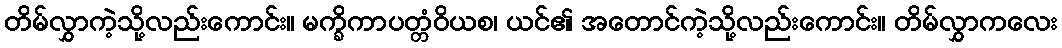
တိမ်လွှာကဲ့သို့လည်းကောင်း။ မက္ခိကာပတ္တံဝိယစ၊ ယင်၏ အတောင်ကဲ့သို့လည်းကောင်း။ တိမ်လွှာကလေး